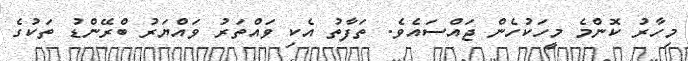
މިހާރު ކޮންމެ މީހަކުހެން ޖައްސައެވެ. ތަފާތު އެކި ވައްތަރު ވައްޔަރު ބްރޭންޑު ތަކުގެ